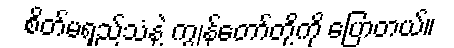
စိတ်မရှည်သံနဲ့ ကျွန်တော်တို့ကို ပြောတယ်။